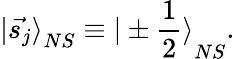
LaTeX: {\vert\vec{s_{j}}\rangle}_{NS}\equiv{\vert\pm\frac{1}{2}\rangle}_{NS}.